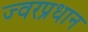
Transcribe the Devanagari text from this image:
ज्वरप्रधान